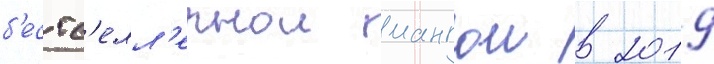
б'естс'елл'ернои мангои в 2019